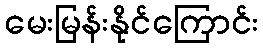
မေးမြန်းနိုင်ကြောင်း